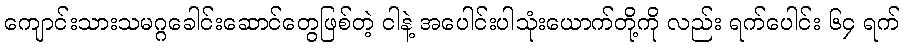
ကျောင်းသားသမဂ္ဂခေါင်းဆောင်တွေဖြစ်တဲ့ ငါနဲ့ အပေါင်းပါသုံးယောက်တို့ကို လည်း ရက်ပေါင်း ၆၄ ရက်